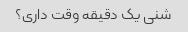
شنی یک دقیقه وقت داری؟